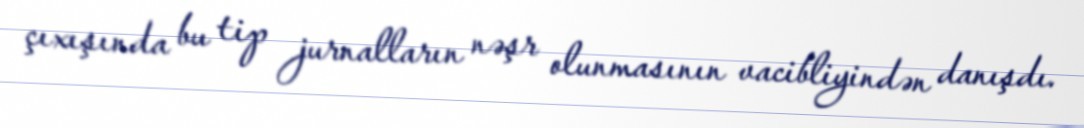
çıxışında bu tip jurnalların nəşr olunmasının vacibliyindən danışdı.